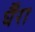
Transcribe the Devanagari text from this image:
र्घैंरा